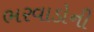
ભરવાડોની